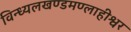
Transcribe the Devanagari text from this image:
विन्ध्यलखण्डमण्लाहीश्वर